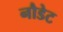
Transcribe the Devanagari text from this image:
नौडेट